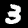
Digit: 3